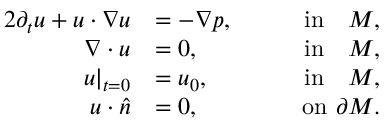
\begin{array} { r l r } { { 2 } \partial _ { t } u + u \cdot \nabla u } & { = - \nabla p , } & { \qquad \mathrm { i n } \quad M , } \\ { \nabla \cdot u } & { = 0 , } & { \qquad \mathrm { i n } \quad M , } \\ { u | _ { t = 0 } } & { = u _ { 0 } , } & { \qquad \mathrm { i n } \quad M , } \\ { u \cdot \hat { n } } & { = 0 , } & { \qquad \mathrm { o n } \ \partial M . } \end{array}